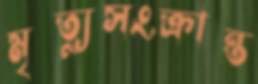
মৃত্যুসংক্রান্ত